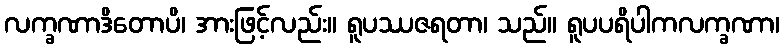
လက္ခဏာဒိတောပိ၊ အားဖြင့်လည်း။ ရူပဿဇရတာ၊ သည်။ ရူပပရိပါကလက္ခဏာ၊